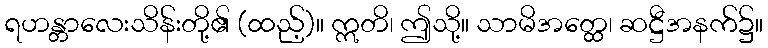
ရဟန္တာလေးသိန်းတို့၏ (ထည့်)။ ဣတိ၊ ဤသို့။ သာမိအတ္ထေ၊ ဆဋ္ဌီအနက်၌။